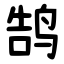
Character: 鹄